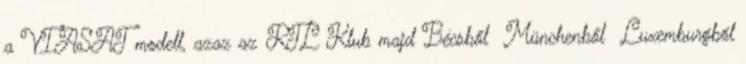
a VIASAT modell, azaz az RTL Klub majd Bécsből Münchenből Luxemburgból